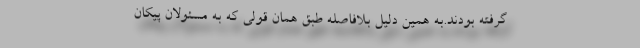
گرفته بودند.به همین دلیل بلافاصله طبق همان قولی که به مسئولان پیکان